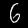
Digit: 6